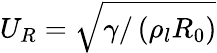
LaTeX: U_{R}=\sqrt{\gamma/\left(\rho_{l}R_{0}\right)}